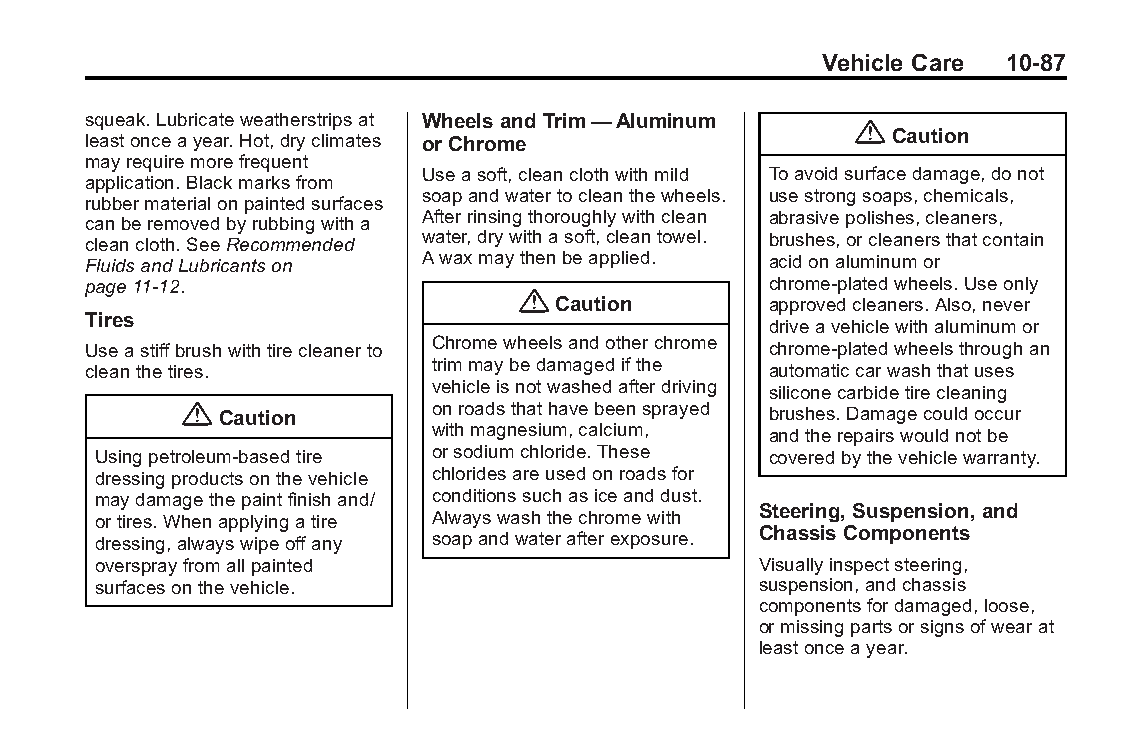
Buick LaCrosse Owner Manual (GMNA-Localizing-U.S./Canada/Mexico- Blackplate(87,1)
 6043609)-2014-2ndEdition-10/17/13
 Vehicle Care 10-87
 squeak.Lubricateweatherstripsat Wheels and Trim—Aluminum
 {
 leastonceayear.Hot,dryclimates or Chrome              Caution
 mayrequiremorefrequent
 Useasoft,cleanclothwithmild Toavoidsurfacedamage,donot
 application.Blackmarksfrom
 soapandwatertocleanthewheels. usestrongsoaps,chemicals,
 rubbermaterialonpaintedsurfaces
 canberemovedbyrubbingwitha Afterrinsingthoroughlywithclean abrasivepolishes,cleaners,
 cleancloth.SeeRecommended water,drywithasoft,cleantowel. brushes,orcleanersthatcontain
 FluidsandLubricantson  Awaxmaythenbeapplied.  acidonaluminumor
 page11-12.                                    chrome-platedwheels.Useonly
 {
 Caution        approvedcleaners.Also,never
 Tires
 driveavehiclewithaluminumor
 Useastiffbrushwithtirecleanerto Chromewheelsandotherchrome chrome-platedwheelsthroughan
 cleanthetires.         trimmaybedamagedifthe  automaticcarwashthatuses
 vehicleisnotwashedafterdriving siliconecarbidetirecleaning
 { Caution       onroadsthathavebeensprayed brushes.Damagecouldoccur
 withmagnesium,calcium, andtherepairswouldnotbe
 Usingpetroleum-basedtire orsodiumchloride.These coveredbythevehiclewarranty.
 dressingproductsonthevehicle chloridesareusedonroadsfor
 maydamagethepaintfinishand/ conditionssuchasiceanddust.
 Steering, Suspension,and
 ortires.Whenapplyingatire Alwayswashthechromewith
 Chassis Components
 dressing,alwayswipeoffany soapandwaterafterexposure.
 oversprayfromallpainted                     Visuallyinspectsteering,
 surfacesonthevehicle.                       suspension,andchassis
 componentsfordamaged,loose,
 ormissingpartsorsignsofwearat
 leastonceayear.